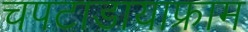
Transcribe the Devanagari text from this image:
चपटाडायाफ्राम